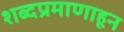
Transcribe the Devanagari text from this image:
शब्दप्रमाणाहून